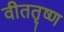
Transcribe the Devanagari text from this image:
वीततृष्ण